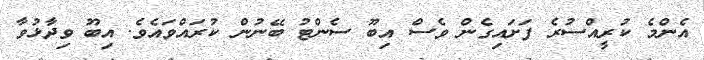
އެންމެ ކުރީއްސުރެ ފަށައިގެން ވެސް އިބޫ ސެންޓު ބޭނުން ކުރައްވައެވެ. އިބޫ ވިދާޅުވާ